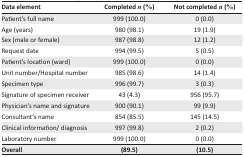
| Data element | Completed n (%) | Not completed n (%) |
 | --- | --- | --- |
 | Patient’s full name | 999 (100.0) | 0 (0.0) |
 | Age (years) | 980 (98.1) | 19 (1.9) |
 | Sex (male or female) | 987 (98.8) | 12 (1.2) |
 | Request date | 994 (99.5) | 5 (0.5) |
 | Patient’s location (ward) | 999 (100.0) | 0 (0.0) |
 | Unit number/Hospital number | 985 (98.6) | 14 (1.4) |
 | Specimen type | 996 (99.7) | 3 (0.3) |
 | Signature of specimen receiver | 43 (4.3) | 956 (95.7) |
 | Physician’s name and signature | 900 (90.1) | 99 (9.9) |
 | Consultant’s name | 854 (85.5) | 145 (14.5) |
 | Clinical information/diagnosis | 997 (99.8) | 2 (0.2) |
 | Laboratory number | 999 (100.0) | 0 (0.0) |
 | Overall | (89.5) | (10.5) |